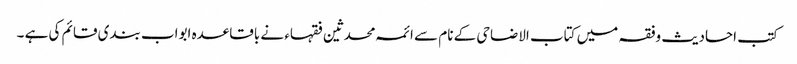
کتب احادیث وفقہ میں کتاب الاضاحی کے نام سے ائمہ محدثین فقہاء نے باقاعدہ ابواب بندی قائم کی ہے ۔